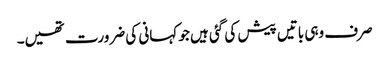
صرف وہی باتیں پیش کی گئی ہیں جو کہانی کی ضرورت تھیں۔